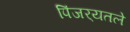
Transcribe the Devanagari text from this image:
पिंजर्‍यतले